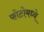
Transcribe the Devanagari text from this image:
फोटोमध्ये